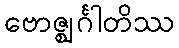
ဗောဇ္ဈင်္ဂါတိဿ